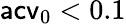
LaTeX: \mathsf{acv}_{0}<0.1